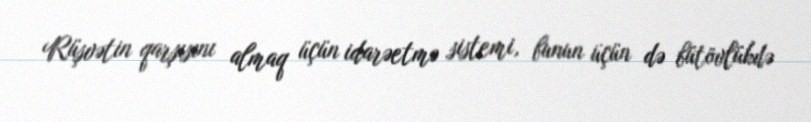
Rüşvətin qarşısını almaq üçün idarəetmə sistemi, bunun üçün də bütövlükdə